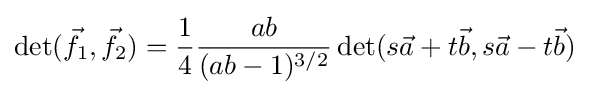
\det({\vec {f}}_{1},{\vec {f}}_{2})={\frac {1}{4}}{\frac {ab}{(ab-1)^{3/2}}}\det(s{\vec {a}}+t{\vec {b}},s{\vec {a}}-t{\vec {b}})